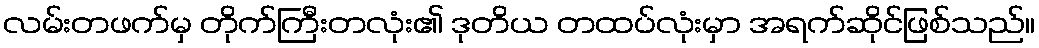
လမ်းတဖက်မှ တိုက်ကြီးတလုံး၏ ဒုတိယ တထပ်လုံးမှာ အရက်ဆိုင်ဖြစ်သည်။